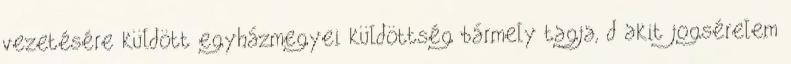
vezetésére küldött egyházmegyei küldöttség bármely tagja, d akit jogsérelem